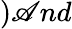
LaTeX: )\mathscr{A}nd